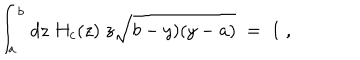
{ \int } _ { a } ^ { b } \; d z \; H _ { c } ( z ) \; z \sqrt { b - y ) ( y - a ) } \; = \; 1 \; ,